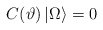
\begin{align*}C(\vartheta )\left| \Omega \right\rangle =0\end{align*}